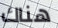
هناك